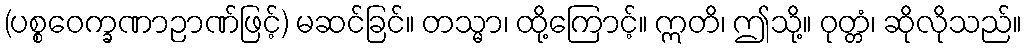
(ပစ္စဝေက္ခဏာဉာဏ်ဖြင့်) မဆင်ခြင်။ တသ္မာ၊ ထို့ကြောင့်။ ဣတိ၊ ဤသို့။ ဝုတ္တံ၊ ဆိုလိုသည်။